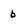
Character: b